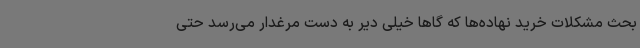
بحث مشکلات خرید نهاده‌ها که گاها خیلی دیر به دست مرغدار می‌رسد حتی